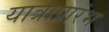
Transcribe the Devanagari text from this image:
यात्राप्रारंभ